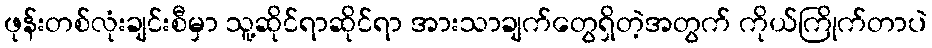
ဖုန်းတစ်လုံးချင်းစီမှာ သူ့ဆိုင်ရာဆိုင်ရာ အားသာချက်တွေရှိတဲ့အတွက် ကိုယ်ကြိုက်တာပဲ